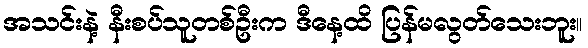
အသင်းနဲ့ နီးစပ်သူတစ်ဦးက ဒီနေ့ထိ ပြန်မလွတ်သေးဘူး။